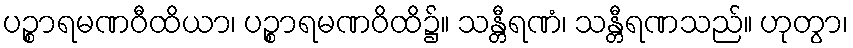
ပဉ္စာရမဏဝီထိယာ၊ ပဉ္စာရမဏဝိထိ၌။ သန္တီရဏံ၊ သန္တီရဏသည်။ ဟုတွာ၊